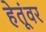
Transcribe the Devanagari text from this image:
हेतूंवर